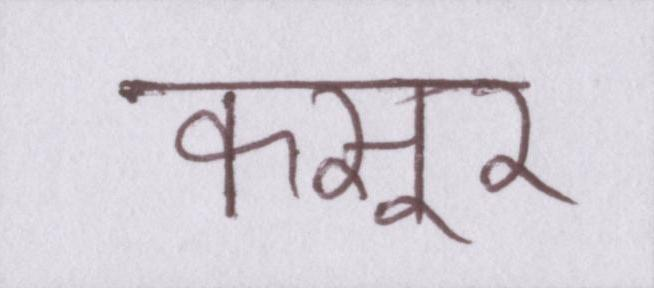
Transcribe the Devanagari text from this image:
कसूर